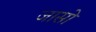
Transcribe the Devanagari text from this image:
जासो